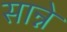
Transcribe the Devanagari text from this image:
सान्ने